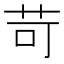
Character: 苛